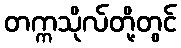
တက္ကသိုလ်တို့တွင်